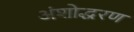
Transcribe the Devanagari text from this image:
अंशोद्धरण